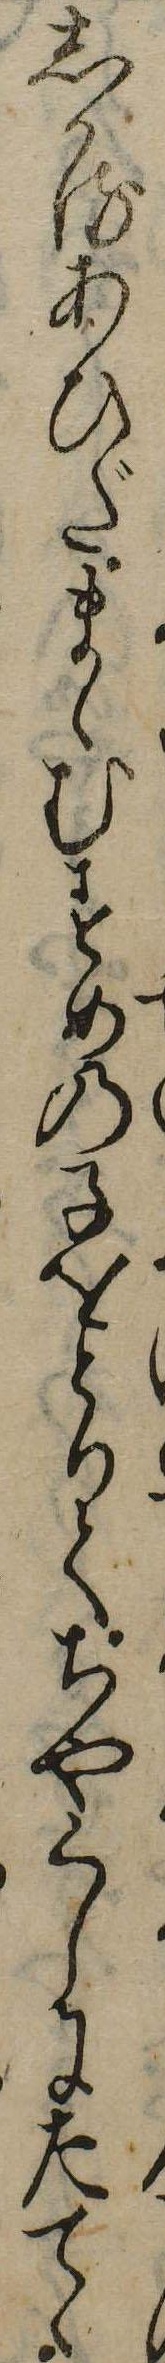
しかるあひだまゝむすめの子をとりてちやくしにたてゝ